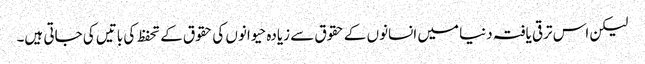
لیکن اس ترقی یافتہ دنیا میں انسانوں کے حقوق سے زیادہ حیوانوں کی حقوق کے تحفظ کی باتیں کی جاتی ہیں۔